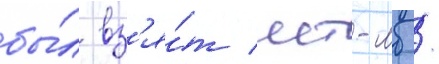
бы́л вз'я́т мт-лб /